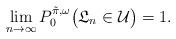
LaTeX: \begin{align*}\lim_{n\to\infty} P^{\tilde\pi,\omega}_0\big(\mathfrak L_n \in \mathcal U\big) =1.\end{align*}